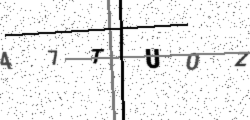
Text: 47TU0Z